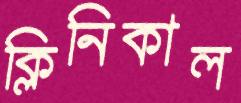
ক্লিনিকাল